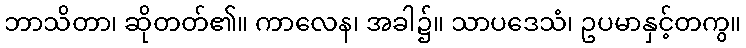
ဘာသိတာ၊ ဆိုတတ်၏။ ကာလေန၊ အခါ၌။ သာပဒေသံ၊ ဥပမာနှင့်တကွ။